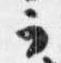
ラ